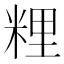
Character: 粴